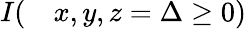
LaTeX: \begin{array}{rl}{I(}&{{}x,y,z=\Delta\ge 0)}\end{array}